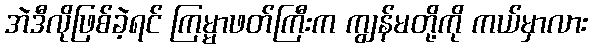
အဲဒီလိုဖြစ်ခဲ့ရင် ကြမ္မာဖတ်ကြီးက ကျွန်မတို့ကို ကယ်မှာလား